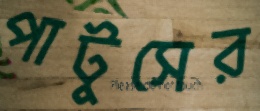
পাটুসের